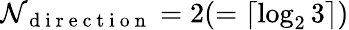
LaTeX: \mathcal{N}_{\mathrm{{~d~i~r~e~c~t~i~o~n~}}}=2(=\lceil\log_{2}3\rceil)